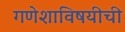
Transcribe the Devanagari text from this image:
गणेशाविषयीची